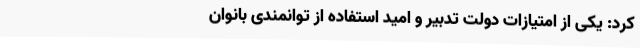
کرد: یکی از امتیازات دولت تدبیر و امید استفاده از توانمندی بانوان